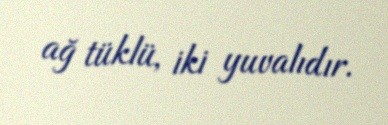
ağ tüklü, iki yuvalıdır.